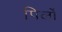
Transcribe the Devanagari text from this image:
पिर्लो